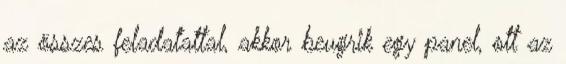
az összes feladatattal, akkor beugrik egy panel, ott az